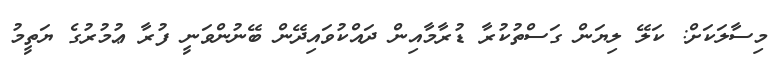
މިސާލަކަށް: ކަލޭ ލިޔަން ގަސްތުކުރާ ޑުރާމާއިން ދައްކުވައިދޭން ބޭނުންވަނީ ފުރާ ޢުމުރުގެ ޔަތީމު